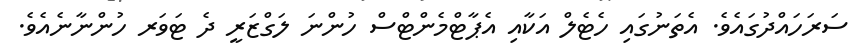
ސަރަހައްދުގައެވެ. އެތަނުގައި ހެޓެލް އަކާއި އެޕާޓްމެންޓްސް ހުންނަ ލަގްޒަރީ ދެ ޓަވަރ ހުންނާނެއެވެ.